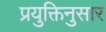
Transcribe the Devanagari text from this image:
प्रयुक्तिनुसार